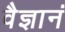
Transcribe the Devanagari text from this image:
वैज्ञानं